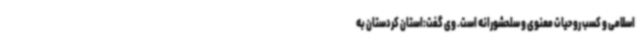
اسلامی و کسب روحیات معنوی و سلحشورانه است. وی گفت:استان کردستان به